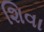
શિવા